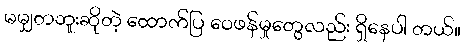
မမျှတဘူးဆိုတဲ့ ထောက်ပြ ဝေဖန်မှုတွေလည်း ရှိနေပါ တယ်။